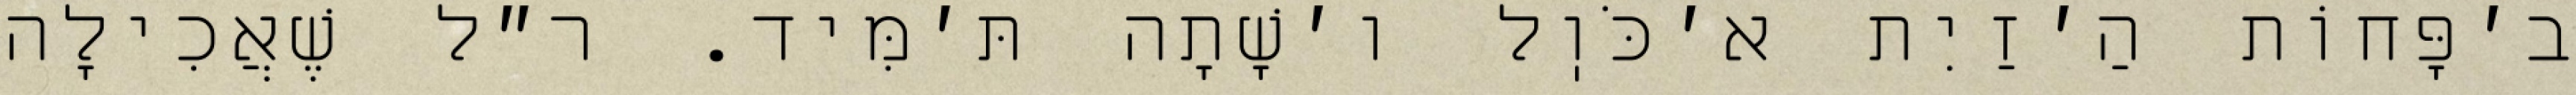
ב׳פָּחוֹת הַ׳זַיִת א׳כֹּוֽל ו׳שָׁתָה תּ׳מִּיד. ר״ל שֶׁאֲכִילָה